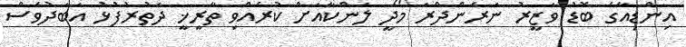
އިންޑިއާގެ ބޮޑު ވަޒީރު ނަރެންދްރަ މޯދީ ލަންކާއަށް ކުރެއްވި ތާރީޚީ ދަތުރުފުޅު އަބަދުވެސް